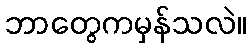
ဘာတွေကမှန်သလဲ။